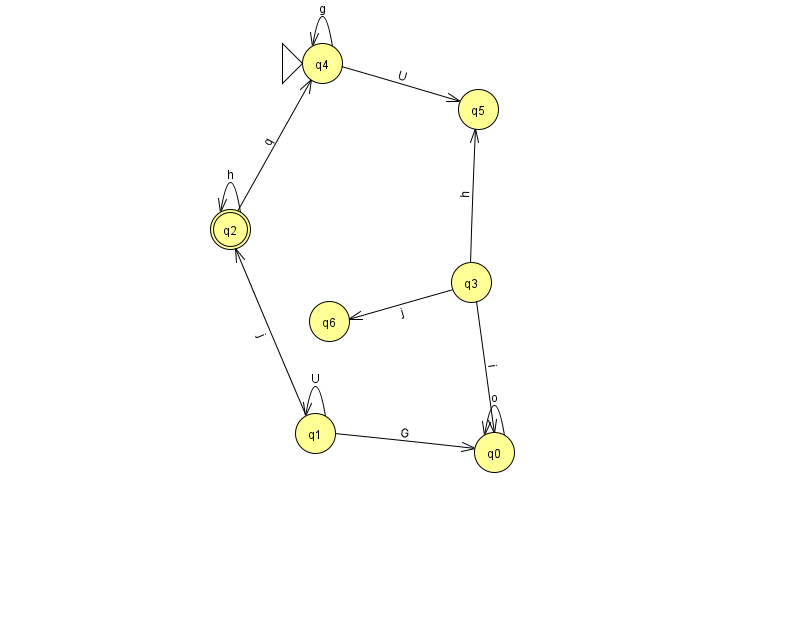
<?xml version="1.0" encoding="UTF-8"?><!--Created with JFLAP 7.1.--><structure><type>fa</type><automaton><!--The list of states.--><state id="0" name="q0"><x>494.0</x><y>439.0</y></state><state id="1" name="q1"><x>315.0</x><y>420.0</y></state><state id="2" name="q2"><x>230.0</x><y>216.0</y><final/></state><state id="3" name="q3"><x>471.0</x><y>269.0</y></state><state id="4" name="q4"><x>322.0</x><y>50.0</y><initial/></state><state id="5" name="q5"><x>478.0</x><y>96.0</y></state><state id="6" name="q6"><x>329.0</x><y>308.0</y></state><!--The list of transitions.--><transition><from>2</from><to>4</to><read>q</read></transition><transition><from>4</from><to>5</to><read>U</read></transition><transition><from>1</from><to>2</to><read>j</read></transition><transition><from>1</from><to>1</to><read>U</read></transition><transition><from>4</from><to>4</to><read>g</read></transition><transition><from>2</from><to>2</to><read>h</read></transition><transition><from>3</from><to>6</to><read>j</read></transition><transition><from>1</from><to>0</to><read>G</read></transition><transition><from>3</from><to>0</to><read>i</read></transition><transition><from>3</from><to>5</to><read>h</read></transition><transition><from>0</from><to>0</to><read>o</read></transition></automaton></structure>